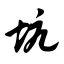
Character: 坑